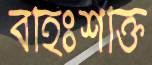
বহিঃশক্তি